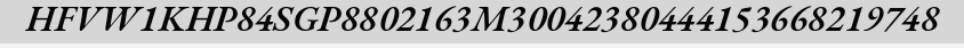
HFVW1KHP84SGP8802163M30042380444153668219748